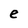
Character: e